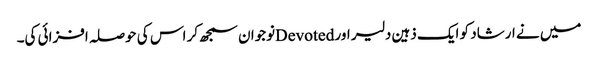
میں نے ارشاد کو ایک ذہین دلیر اور Devotedنوجوان سمجھ کر اس کی حوصلہ افزائی کی۔